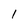
Character: 1